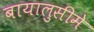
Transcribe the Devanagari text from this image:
बायालुसीमे